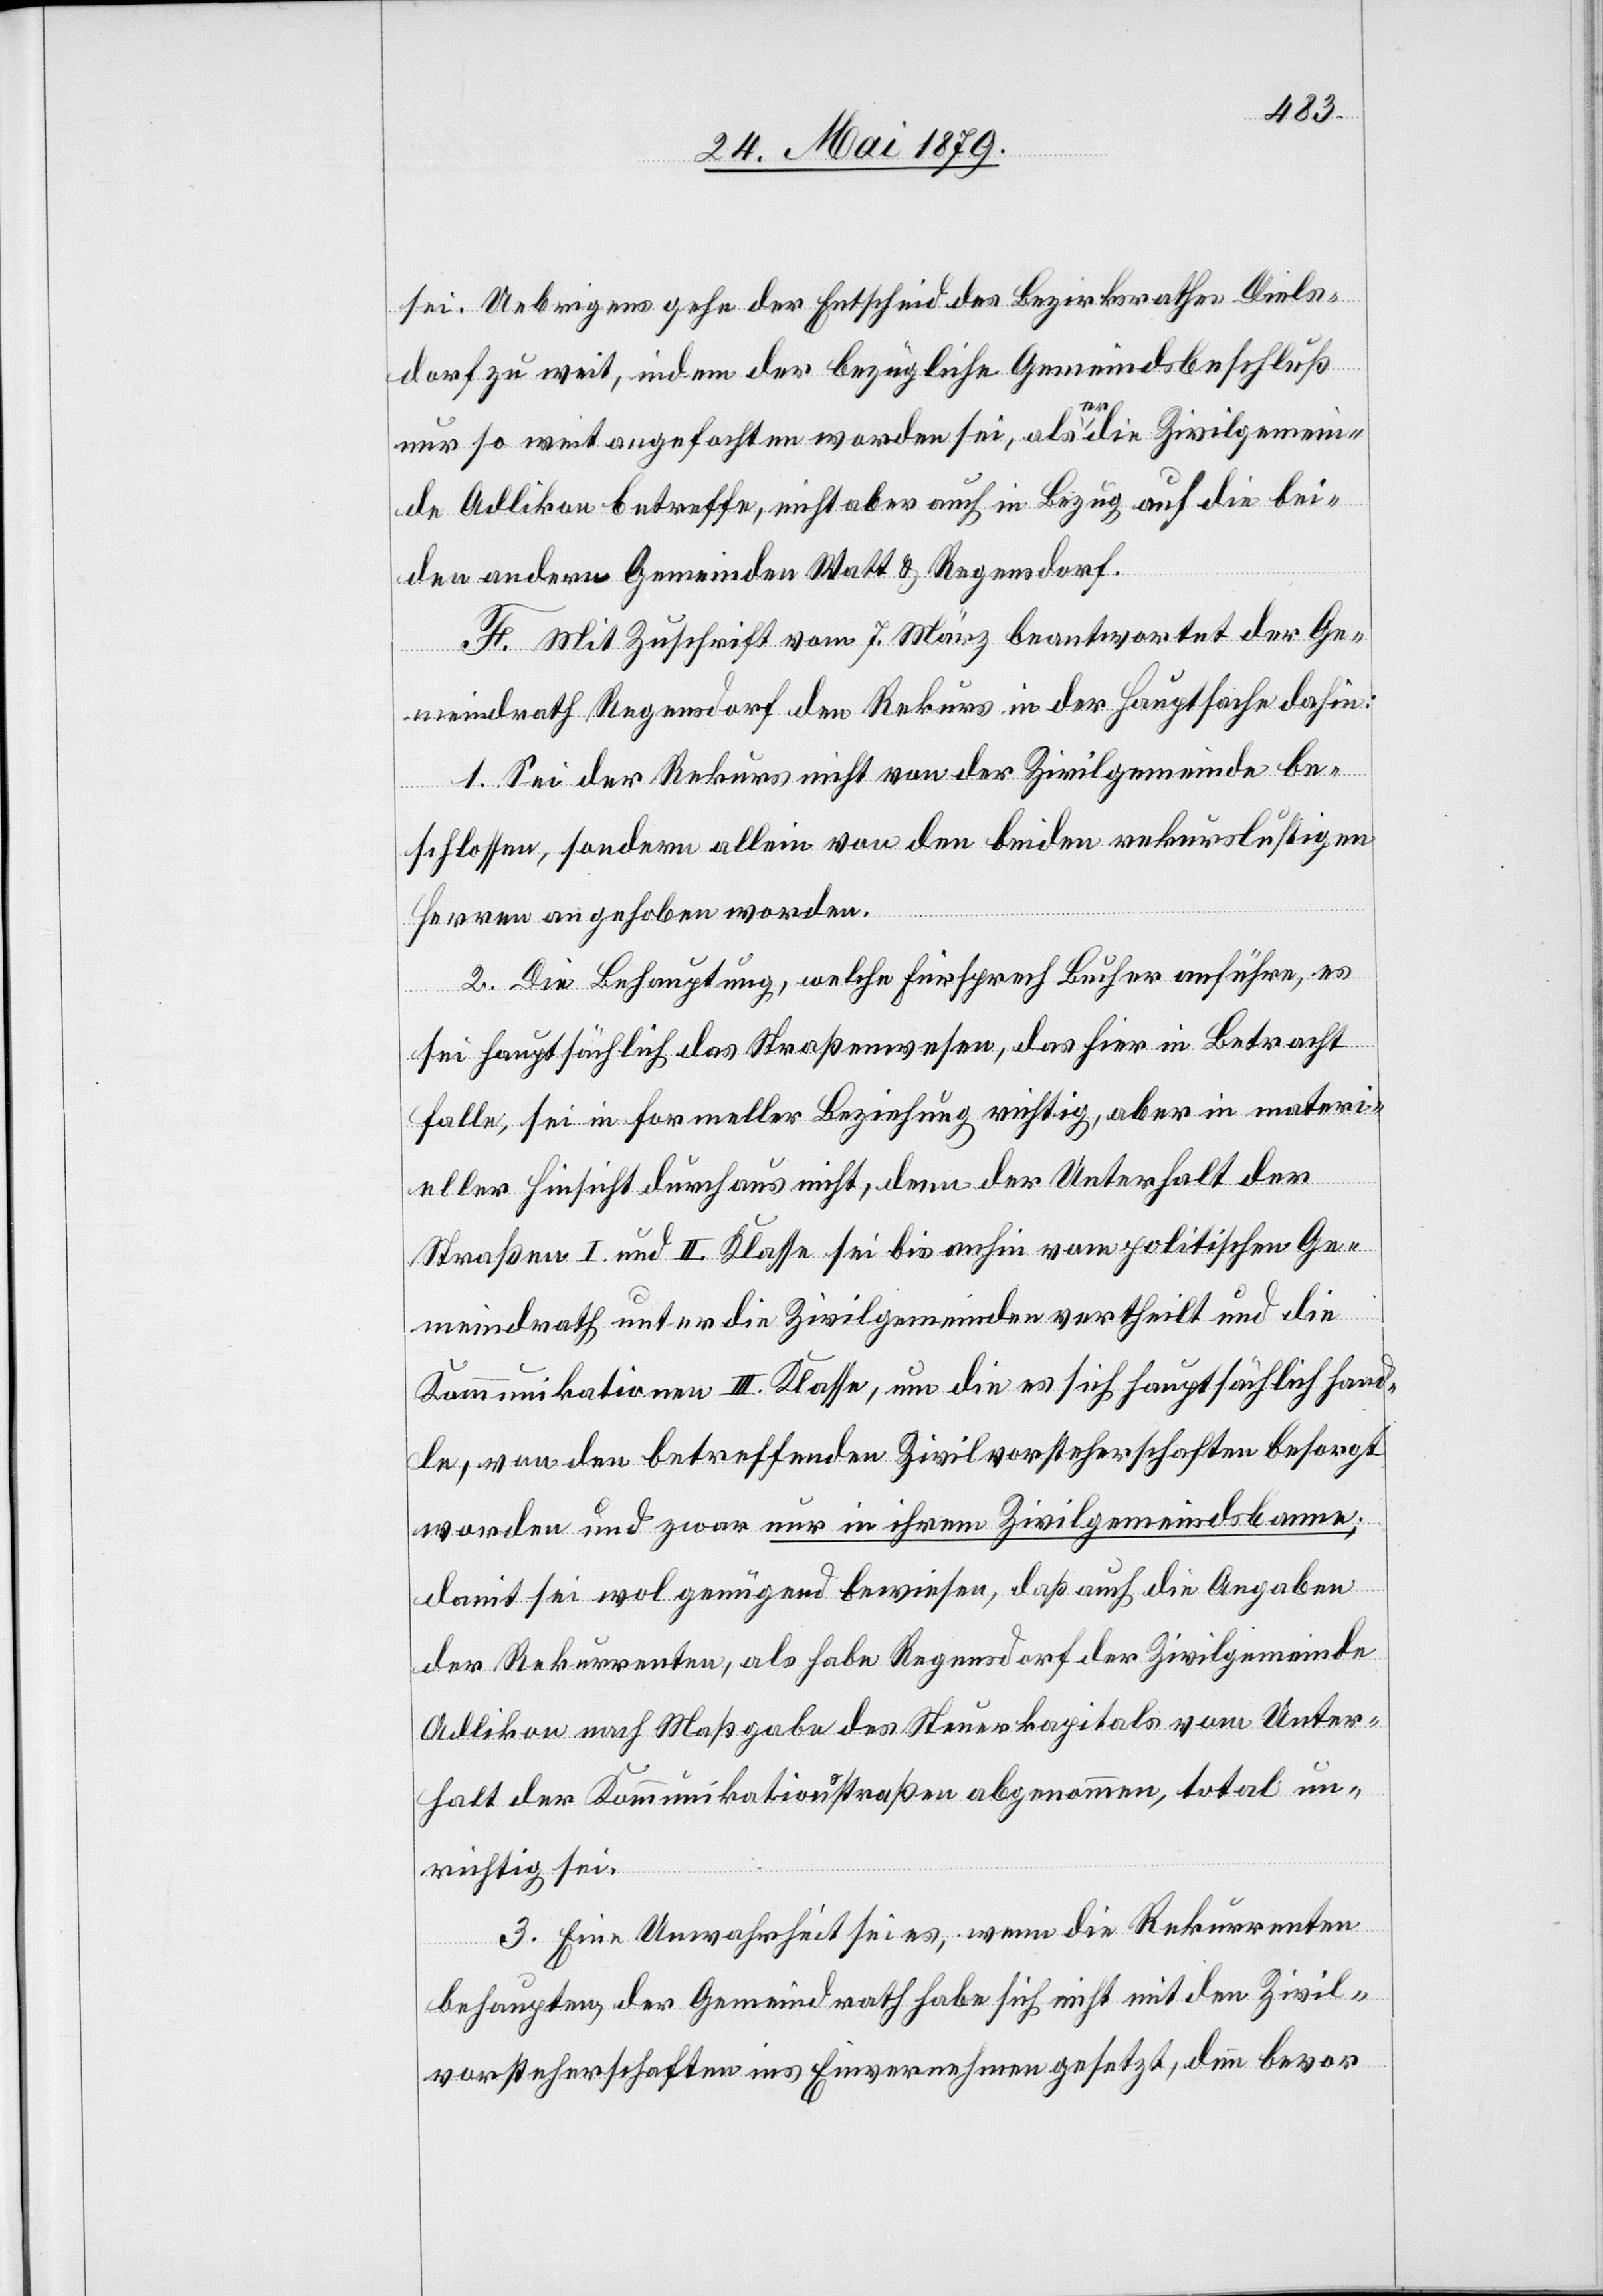
sei. Uebrigens gehe der Entscheid des Bezirksrathes Diels¬
dorf zu weit, indem der bezügliche Gemeindsbeschluß
nur so weit angefochten worden sei, als er die Zivilgemein¬
de Adlikon betreffe, nicht aber auch in Bezug auf die bei¬
den andern Gemeinden Watt & Regensdorf.
F. Mit Zuschrift vom 7. März beantwortet der Ge¬
meindrath Regensdorf den Rekurs in der Hauptsache dahin:
1. Sei der Rekurs nicht von der Zivilgemeinde be¬
schlossen, sondern allein von den beiden rekurslustigen
Herren angehoben worden.
2. Die Behauptung, welche Fürsprech Bucher anführe, es
sei hauptsächlich das Straßenwesen, das hier in Betracht
falle, sei in formeller Beziehung richtig, aber in materi¬
eller Hinsicht durchaus nicht, denn der Unterhalt der
Straßen I. und II. Klasse sei bis anhin vom politischen Ge¬
meindrath unter die Zivilgemeinden vertheilt und die
Kommunikationen III. Klasse, um die es sich hauptsächlich hand¬
le, von den betreffenden Zivilvorsteherschaften besorgt
worden und zwar nur in ihrem Zivilgemeindsbanne;
damit sei wol genügend bewiesen, daß auch die Angaben
der Rekurrenten, als habe Regensdorf der Zivilgemeinde
Adlikon nach Maßgabe des Steuerkapitals vom Unter¬
halt der Kommunikationsstraßen abgenommen, total un¬
richtig sei.
3. Eine Unwahrheit sei es, wenn die Rekurrenten
behaupten, der Gemeindrath habe sich nicht mit den Zivil¬
vorsteherschaften ins Einvernehmen gesetzt, denn bevor